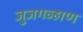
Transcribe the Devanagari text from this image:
जुजगव्हाण